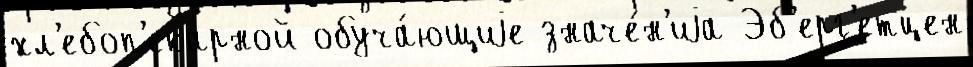
хл'ебоп'екарной обуча́ющиjе значе́н'иjа Эб'ерг'етцен